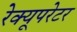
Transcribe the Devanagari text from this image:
रेक्यूपरेटर